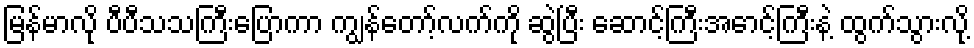
မြန်မာလို ပီပီသသကြီးပြောကာ ကျွန်တော့်လက်ကို ဆွဲပြီး ဆောင့်ကြီးအောင့်ကြီးနဲ့ ထွက်သွားလို့